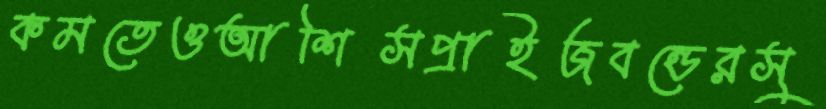
কমতেওআশিসপ্রাইজবন্ডেরসু